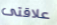
علاقتى